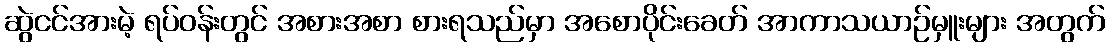
ဆွဲငင်အားမဲ့ ရပ်ဝန်းတွင် အစားအစာ စားရသည်မှာ အစောပိုင်းခေတ် အာကာသယာဉ်မှူးများ အတွက်